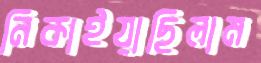
নিকাইয়াছিলাম